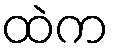
ထဲက